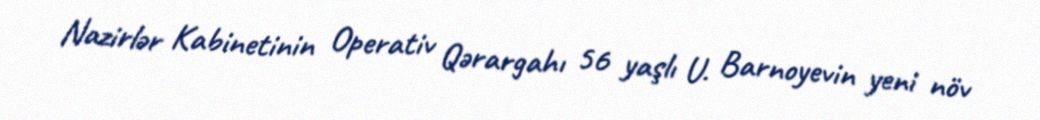
Nazirlər Kabinetinin Operativ Qərargahı 56 yaşlı U. Barnoyevin yeni növ